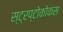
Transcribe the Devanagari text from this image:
स्ट्रप्टोकोकस